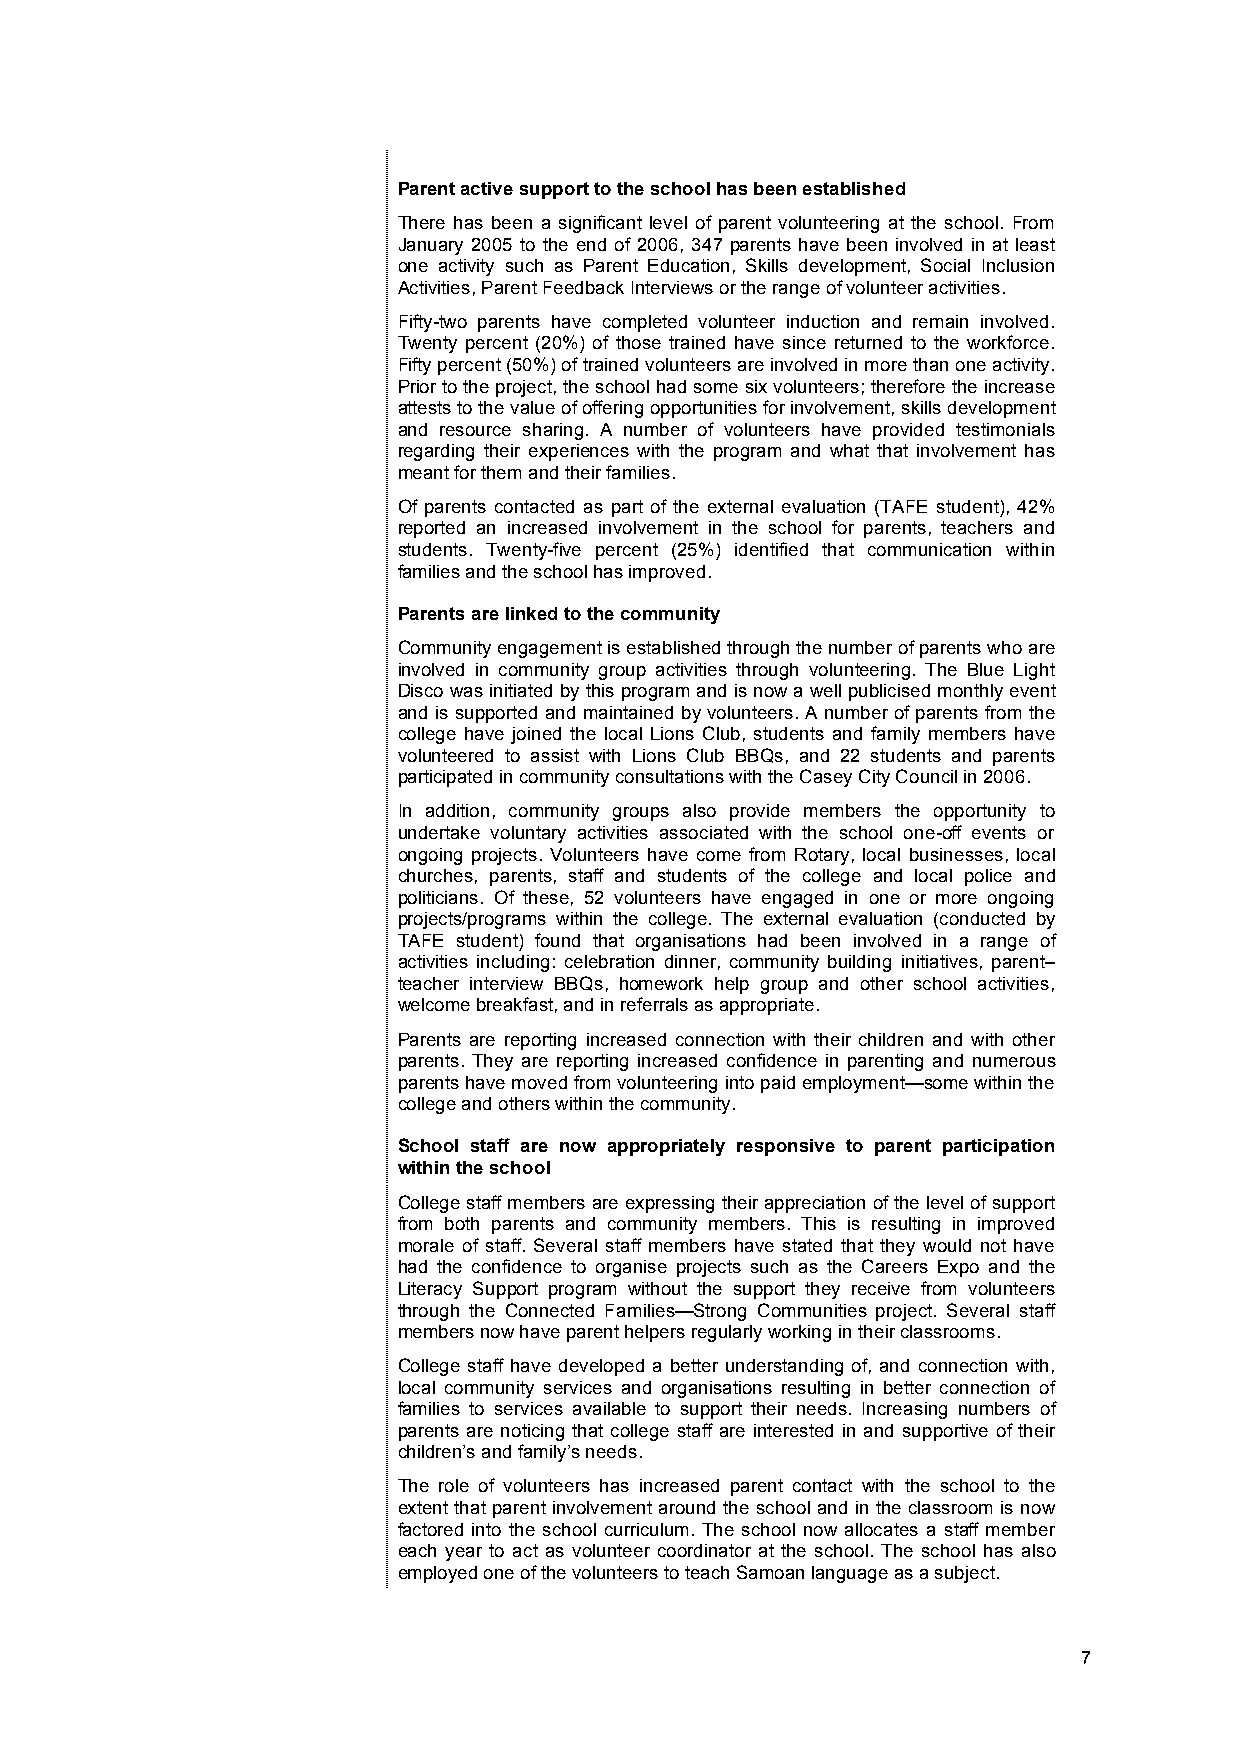
Parent active support to the school has been established
 There has been a significant level of parent volunteering at the school. From
 January 2005 to the end of 2006, 347 parents have been involved in at least
 one activity such as Parent Education, Skills development, Social Inclusion
 Activities, Parent Feedback Interviews or the range of volunteer activities.
 Fifty-two parents have completed volunteer induction and remain involved.
 Twenty percent (20%) of those trained have since returned to the workforce.
 Fifty percent (50%) of trained volunteers are involved in more than one activity.
 Prior to the project, the school had some six volunteers; therefore the increase
 attests to the value of offering opportunities for involvement, skills development
 and resource sharing. A number of volunteers have provided testimonials
 regarding their experiences with the program and what that involvement has
 meant for them and their families.
 Of parents contacted as part of the external evaluation (TAFE student), 42%
 reported an increased involvement in the school for parents, teachers and
 students. Twenty-five percent (25%) identified that communication within
 families and the school has improved.
 Parents are linked to the community
 Community engagement is established through the number of parents who are
 involved in community group activities through volunteering. The Blue Light
 Disco was initiated by this program and is now a well publicised monthly event
 and is supported and maintained by volunteers. A number of parents from the
 college have joined the local Lions Club, students and family members have
 volunteered to assist with Lions Club BBQs, and 22 students and parents
 participated in community consultations with the Casey City Council in 2006.
 In addition, community groups also provide members the opportunity to
 undertake voluntary activities associated with the school one-off events or
 ongoing projects. Volunteers have come from Rotary, local businesses, local
 churches, parents, staff and students of the college and local police and
 politicians. Of these, 52 volunteers have engaged in one or more ongoing
 projects/programs within the college. The external evaluation (conducted by
 TAFE student) found that organisations had been involved in a range of
 activities including: celebration dinner, community building initiatives, parent–
 teacher interview BBQs, homework help group and other school activities,
 welcome breakfast, and in referrals as appropriate.
 Parents are reporting increased connection with their children and with other
 parents. They are reporting increased confidence in parenting and numerous
 parents have moved from volunteering into paid employment—some within the
 college and others within the community.
 School staff are now appropriately responsive to parent participation
 within the school
 College staff members are expressing their appreciation of the level of support
 from both parents and community members. This is resulting in improved
 morale of staff. Several staff members have stated that they would not have
 had the confidence to organise projects such as the Careers Expo and the
 Literacy Support program without the support they receive from volunteers
 through the Connected Families—Strong Communities project. Several staff
 members now have parent helpers regularly working in their classrooms.
 College staff have developed a better understanding of, and connection with,
 local community services and organisations resulting in better connection of
 families to services available to support their needs. Increasing numbers of
 parents are noticing that college staff are interested in and supportive of their
 children’s and family’s needs.
 The role of volunteers has increased parent contact with the school to the
 extent that parent involvement around the school and in the classroom is now
 factored into the school curriculum. The school now allocates a staff member
 each year to act as volunteer coordinator at the school. The school has also
 employed one of the volunteers to teach Samoan language as a subject.
 7